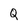
Character: Q